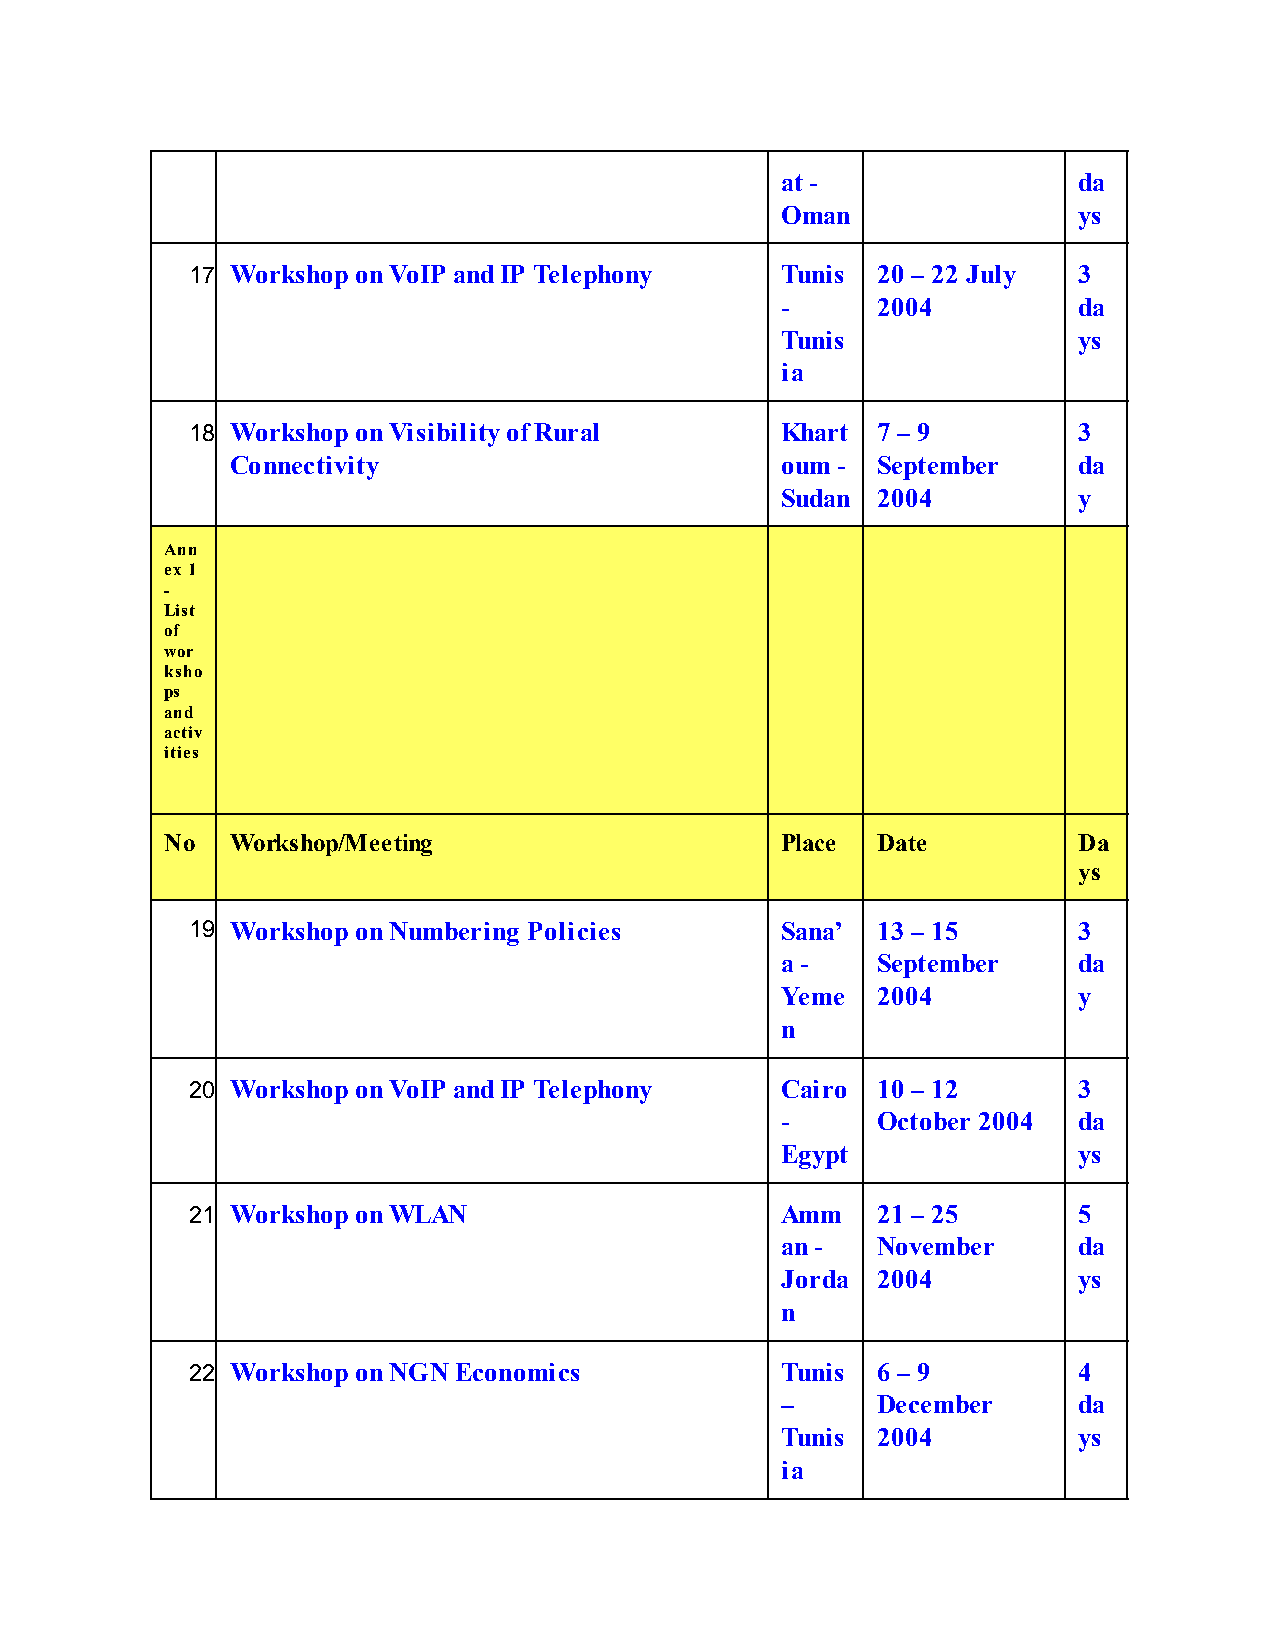
at -               da
 Oman               ys
 17. Workshop on VoIP and IP Telephony  Tunis 20 – 22 July 3
 -     2004         da
 Tunis              ys
 ia
 18. Workshop on Visibility of Rural    Khart 7 – 9        3
 Connectivity                         oum - September    da
 Sudan 2004         y
 Ann
 ex 1
 -
 List
 of
 wor
 ksho
 ps
 and
 activ
 ities
 No  Workshop/Meeting                     Place Date         Da
 ys
 19. Workshop on Numbering Policies     Sana’ 13 – 15      3
 a -   September    da
 Yeme  2004         y
 n
 20. Workshop on VoIP and IP Telephony  Cairo 10 – 12      3
 -     October 2004 da
 Egypt              ys
 21. Workshop on WLAN                   Amm   21 – 25      5
 an -  November     da
 Jorda 2004         ys
 n
 22. Workshop on NGN Economics          Tunis 6 – 9        4
 –     December     da
 Tunis 2004         ys
 ia